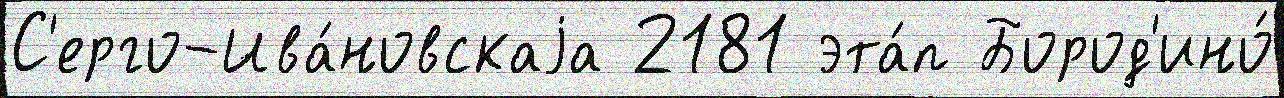
С'ерго-Ива́новскаjа 2181 эта́п Бород'ино́